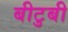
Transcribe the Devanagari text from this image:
बीटुबी